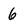
Character: 6